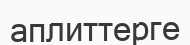
аплиттерге